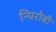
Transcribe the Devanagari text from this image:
न्यिरोबी